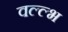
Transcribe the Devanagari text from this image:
वल्ल्भ